Indian journal of veterinary science and animal husbandry - Volumes 26-27, 1956-1957
Year: 1956
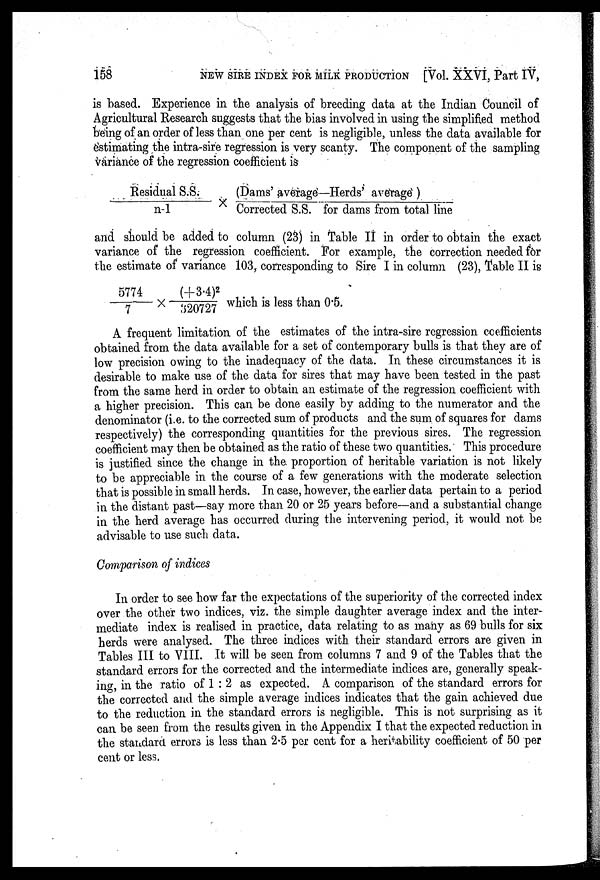
158
NEW SIRE INDEX FOR MILK PRODUCTION [Vol. XXVI, Part IV,
is based. Experience in the analysis of breeding data at the Indian Council of
Agricultural Research suggests that the bias involved in using the simplified method
being of an order of less than one per cent is negligible, unless the data available for
estimating the intra-sire regression is very scanty. The component of the sampling
variance of the regression coefficient is
Residual S.S. / n-1 × (Dams' average—Herds' average) / Corrected S.S. for dams from total lin
and should be added to column (23) in Table II in order to obtain the exact
variance of the regression coefficient. For example, the correction needed for
the estimate of variance 103, corresponding to Sire I in column (23), Table II is
5774 / 7 × (+3.4) 2 / 320727 which is less than 0.5.
A frequent limitation of the estimates of the intra-sire regression coefficients
obtained from the data available for a set of contemporary bulls is that they are of
low precision owing to the inadequacy of the data. In these circumstances it is
desirable to make use of the data for sires that may have been tested in the past
from the same herd in order to obtain an estimate of the regression coefficient with
a higher precision. This can be done easily by adding to the numerator and the
denominator (i.e. to the corrected sum of products and the sum of squares for dams
respectively) the corresponding quantities for the previous sires. The regression
coefficient may then be obtained as the ratio of these two quantities. This procedure
is justified since the change in the. proportion of heritable variation is not likely
to be appreciable in the course of a few generations with the moderate selection
that is possible in small herds. In case, however, the earlier data pertain to a period
in the distant past—say more than 20 or 25 years before—and a substantial change
in the herd average has occurred during the intervening period, it would not be
advisable to use such data.
Comparison of indices
In order to see how far the expectations of the superiority of the corrected index
over the other two indices, viz. the simple daughter average index and the inter-
mediate index is realised in practice, data relating to as many as 69 bulls for six
herds were analysed. The three indices with their standard errors are given in
Tables III to VIII. It will be seen from columns 7 and 9 of the Tables that the
standard errors for the corrected and the intermediate indices are, generally speak-
ing, in the ratio of 1 : 2 as expected. A comparison of the standard errors for
the corrected and the simple average indices indicates that the gain achieved due
to the reduction in the standard errors is negligible. This is not surprising as it
can be seen from the results given in the Appendix I that the expected reduction in
the standard errors is less than 2.5 per cent for a heritability coefficient of 50 per
cent or less.